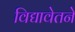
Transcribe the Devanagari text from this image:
विद्यावेतने